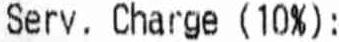
SERV. CHARGE (10%) :